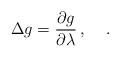
LaTeX: \begin{align*}\Delta g=\frac{\partial g}{\partial \lambda}\, ,\quad\, .\end{align*}